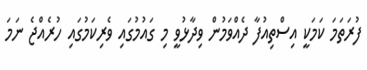
ފުރަތަމަ ކަމަކީ އިސްތިއުފާ ދެއްވަމުން ވިދާޅުވީ މި ގައުމުގައި ވެރިކަމުގައި ހުރެއްޖެ ނަމަ